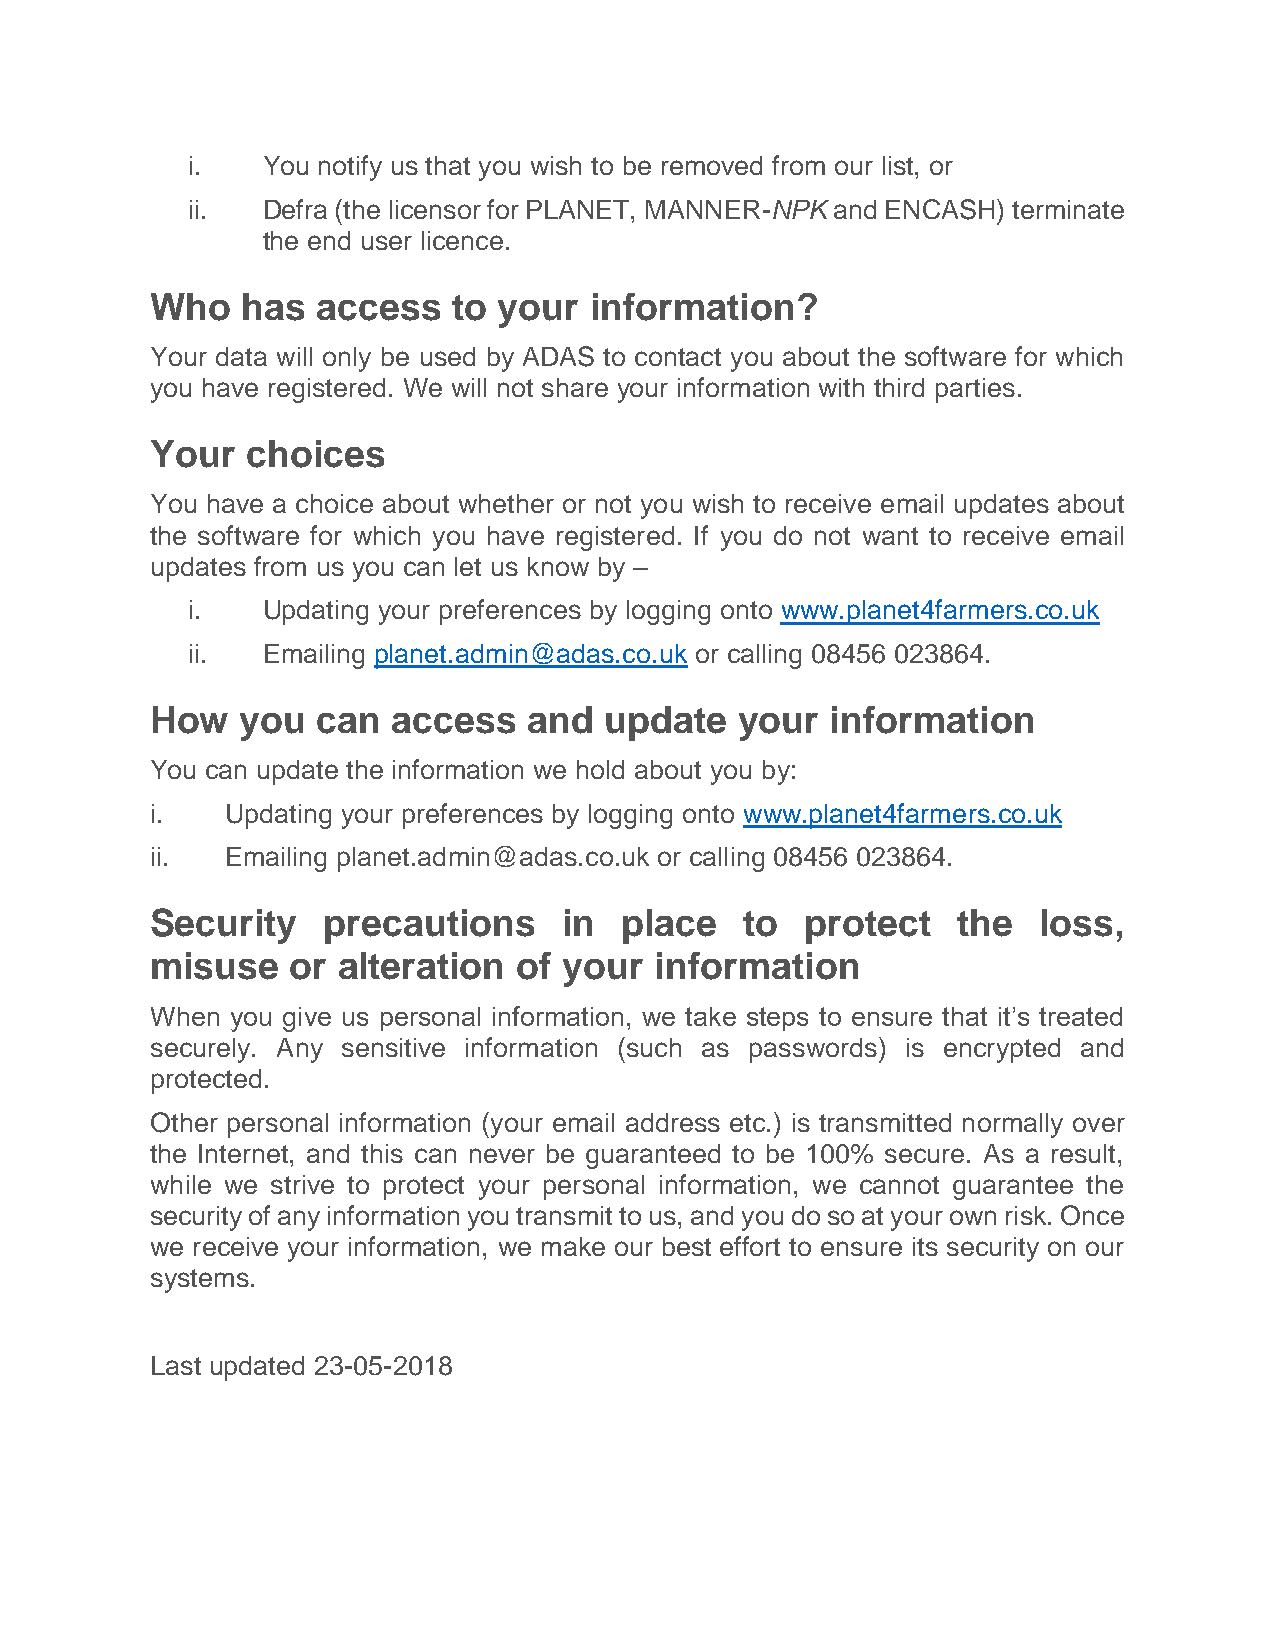
i.   You notify us that you wish to be removed from our list, or
 ii.  Defra (the licensor for PLANET, MANNER-NPK and ENCASH) terminate
 the end user licence.
 Who   has  access   to your  information?
 Your data will only be used by ADAS to contact you about the software for which
 you have registered. We will not share your information with third parties.
 Your  choices
 You have a choice about whether or not you wish to receive email updates about
 the software for which you have registered. If you do not want to receive email
 updates from us you can let us know by –
 i.   Updating your preferences by logging onto www.planet4farmers.co.uk
 ii.  Emailing planet.admin@adas.co.uk or calling 08456 023864.
 How   you  can  access   and  update   your  information
 You can update the information we hold about you by:
 i.   Updating your preferences by logging onto www.planet4farmers.co.uk
 ii.  Emailing planet.admin@adas.co.uk or calling 08456 023864.
 Security   precautions     in  place   to  protect   the   loss,
 misuse   or alteration  of your  information
 When you give us personal information, we take steps to ensure that it’s treated
 securely. Any sensitive information (such as passwords) is encrypted and
 protected.
 Other personal information (your email address etc.) is transmitted normally over
 the Internet, and this can never be guaranteed to be 100% secure. As a result,
 while we strive to protect your personal information, we cannot guarantee the
 security of any information you transmit to us, and you do so at your own risk. Once
 we receive your information, we make our best effort to ensure its security on our
 systems.
 Last updated 23-05-2018